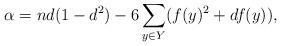
LaTeX: \begin{align*} \alpha = nd(1-d^2)-6\sum_{y\in Y}(f(y)^2+df(y)), \end{align*}